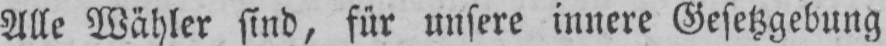
Alle Wähler sind, für unsere innere Gesetzgebung